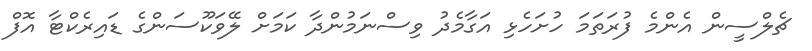
ޗެލްސީން އެންމެ ފުރަތަމަ ހުށަހެޅި އަގާމެދު ވިސްނަމުންދާ ކަމަށް ލޭވަކޫސަންގެ ޑައިރެކްޓާ އޮފް